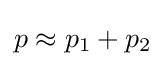
p\approx p_{1}+p_{2}